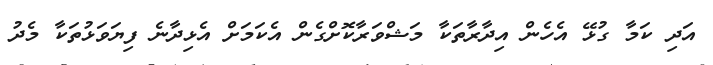
އަދި ކަމާ ގުޅޭ އެހެން އިދާރާތަކާ މަޝްވަރާކޮށްގެން އެކަމަށް އެޅިދާނެ ފިޔަވަޅުތަކާ މެދު